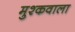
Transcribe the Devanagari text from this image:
मुश्कवाला